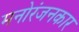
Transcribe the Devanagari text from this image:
मनोरंजनकार